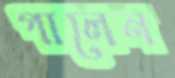
গালেন